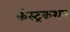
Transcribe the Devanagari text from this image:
कंस्ट्रकशन